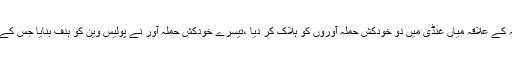
منگل 24 اپریل 2018 ء) سکیورٹی فورسز نے کوئٹہ کے علاقہ میاں غنڈی میں دو خودکش حملہ آوروں کو ہلاک کر دیا ،تیسرے خودکش حملہ آور نے پولیس وین کو ہدف بنایا جس کے نتیجے میں 5پولیس اہلکار شہید اور 7ّزخمی ہوگئے ۔